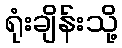
ရုံးချိန်းသို့